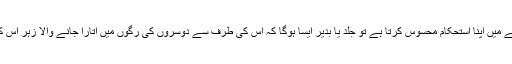
اگر کوئی ملک دوسروں کو پریشان کرنے میں اپنا استحکام محسوس کرتا ہے تو جلد یا بدیر ایسا ہوگا کہ اس کی طرف سے دوسروں کی رگوں میں اتارا جانے والا زہر اُس کے اپنے وجود کو بھی چٹ کرجائے گا۔